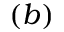
( b )